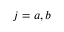
j = a , b